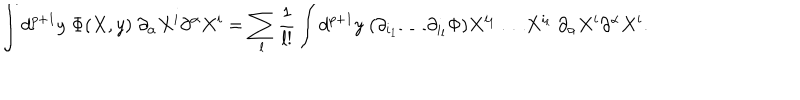
LaTeX: \int d ^ { p + 1 } y \; \Phi ( X , y ) \; \partial _ { \alpha } X ^ { i } \partial ^ { \alpha } X ^ { i } = \sum _ { l } { \frac { 1 } { l ! } } \int d ^ { p + 1 } y \; ( \partial _ { i _ { 1 } } \dots \partial _ { i _ { l } } \Phi ) X ^ { i _ { 1 } } \dots X ^ { i _ { l } } \; \partial _ { \alpha } X ^ { i } \partial ^ { \alpha } X ^ { i } .